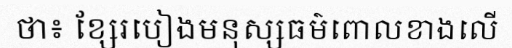
ថា៖ ខ្សែរបៀងមនុស្សធម៌ពោលខាងលើ